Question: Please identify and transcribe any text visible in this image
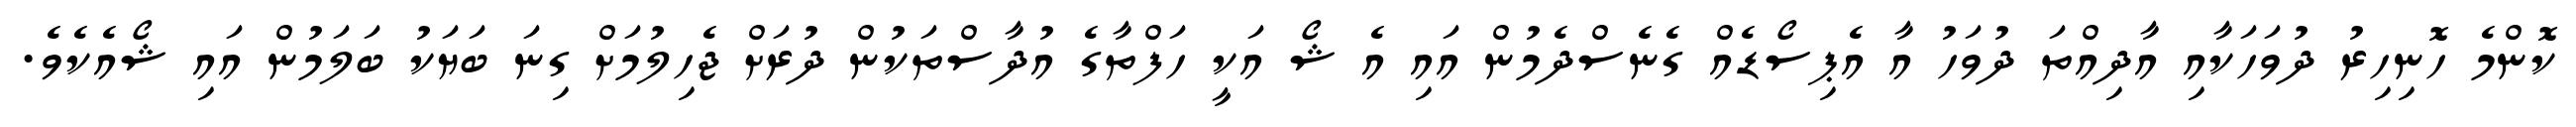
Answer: ކޮންމެ ހޮނިހިރު ދުވަހަކާއި އާދިއްތަ ދުވަހު އާ އެޕިސޯޑެއް ގެނެސްދެމުން އައި އެ ޝޯ އަކީ ހަފްތާގެ އުދާސްތަކުން ދުރަށް ޖެހިލުމަށް ގިނަ ބަޔަކު ބަލަމުން އައި ޝޯއެކެވެ.